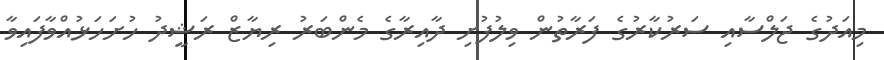
މިއަދުގެ ޖަލްސާއި ސަރުކާރުގެ ފަރާތުން ވިލުފުށި ދާއިރާގެ މެންބަރު ރިޔާޒް ރަޝީދު ހުށަހަޅުއްވާފައިވާ